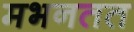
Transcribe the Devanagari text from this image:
मभनतत